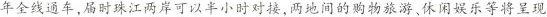
年全线通车，届时珠江两岸可以半小时对接，两地间的购物旅游、休闲娱乐等将呈现